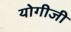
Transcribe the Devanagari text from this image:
योगीजी